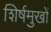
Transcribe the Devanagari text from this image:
शिर्षमुखों